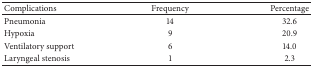
| Complications | Frequency | Percentage |
 | --- | --- | --- |
 | Pneumonia | 14 | 32.6 |
 | Hypoxia | 9 | 20.9 |
 | Ventilatory support | 6 | 14.0 |
 | Laryngeal stenosis | 1 | 2.3 |